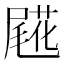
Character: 𡳖